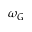
\omega _ { G }